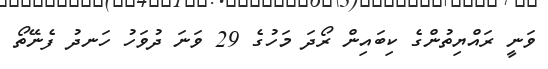
ވަނީ ރައްޔިތުންގެ ކިބައިން ރޯދަ މަހުގެ 29 ވަނަ ދުވަހު ހަނދު ފެނޭތޯ